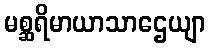
မစ္ဆရိမာယာသာဌေယျာ